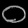
Digit: ၀